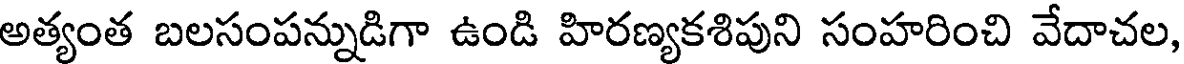
అత్యంత బలసంపన్నుడిగా ఉండి హిరణ్యకశిపుని సంహరించి వేదాచల,